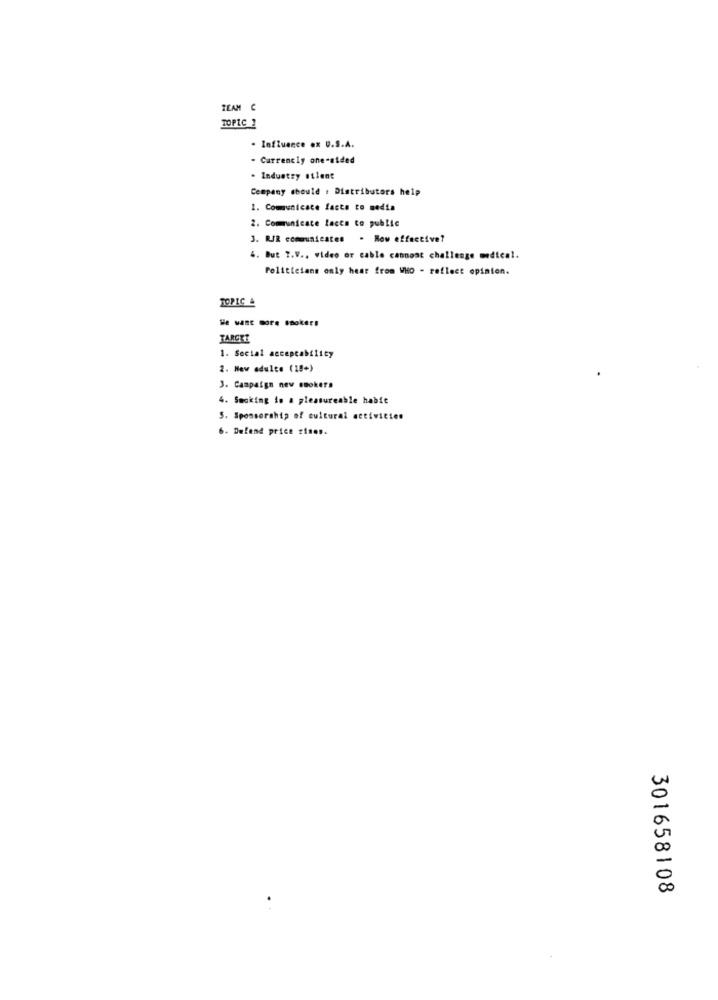
TEAM C
TOPIC 2
. Influence ex U.S.A.
- Currencly one-sided
. Industry atlant
Company should : Distributors help
1. Communicate facto to media
2. Communicate lacca to public
3. R/R communicates . Now effective?
4. But T.V ., video or cable cannont challenge medical.
Politicians only hear from WHO - reflect opinion.
TOPIC &
TARGET
1. Social acceptability
2. New adulte (18+)
3. Campaign new smokers
4. Smoking io a pleasureable habie
S. Sponsorship of cultural activities
6. Defend price rinos.
301658108